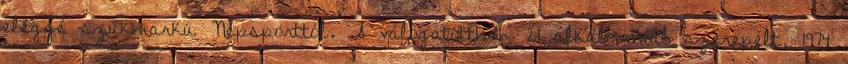
eléggé szűkmarkú Népsporttól. A válogatottban 21 alkalommal szerepelt, 1974